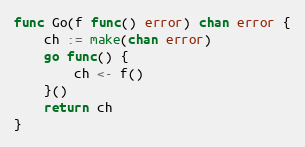
Language: Go
func Go(f func() error) chan error {
	ch := make(chan error)
	go func() {
		ch <- f()
	}()
	return ch
}